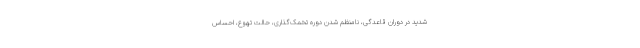
شدید در دوران قاعدگی، نامنظم شدن دوره تخمک‌گذاری، حالت تهوع، احساس